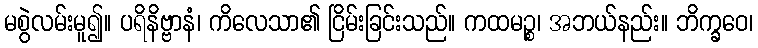
မစွဲလမ်းမူ၍။ ပရိနိဗ္ဗာနံ၊ ကိလေသာ၏ ငြိမ်းခြင်းသည်။ ကထမဉ္စ၊ အဘယ်နည်း။ ဘိက္ခဝေ၊